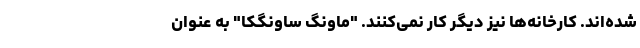
شده‌اند. کارخانه‌ها نیز دیگر کار نمی‌کنند. "ماونگ ساونگکا" به عنوان